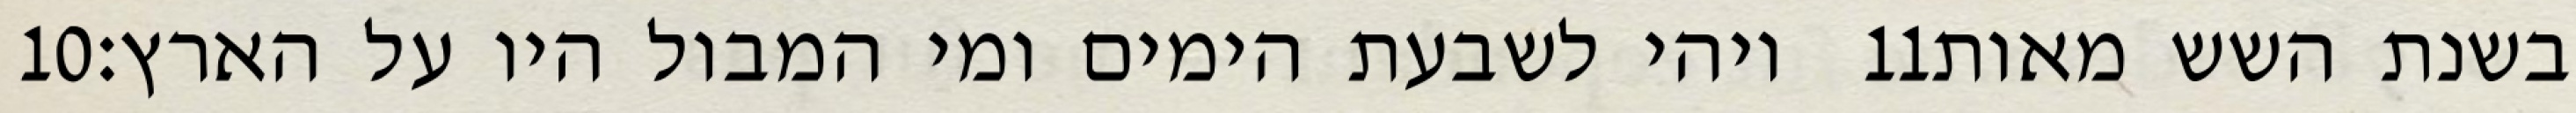
‎10‏ ויהי לשבעת הימים ומי המבול היו על הארץ׃ ‎11‏ בשנת השש מאות